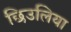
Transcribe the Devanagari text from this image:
छिउलिया